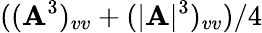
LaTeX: ((\mathbf{A}^{3})_{vv}+(|\mathbf{A}|^{3})_{vv})/4